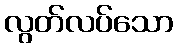
လွတ်လပ်သော